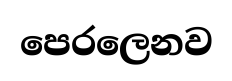
පෙරලෙනව